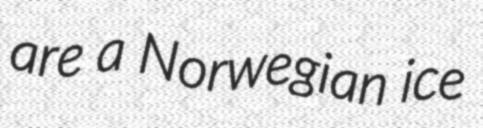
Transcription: are a Norwegian ice